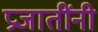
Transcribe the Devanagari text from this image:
प्रजातींनी